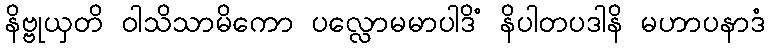
နိဗ္ဗုယှတိ ဝါသိသာမိကော ပလ္လောမမာပါဒိံ နိပါတပဒါနိ မဟာပနာဒံ